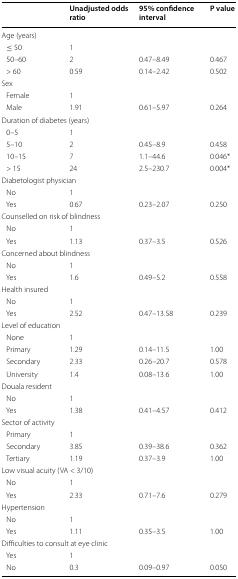
<table><thead><tr><td></td><td><b>Unadjusted odds ratio</b></td><td><b>95% confidence interval</b></td><td><b>P value</b></td></tr></thead><tbody><tr><td colspan="4">Age (years)</td></tr><tr><td> ≤ 50</td><td>1</td><td></td><td></td></tr><tr><td> 50–60</td><td>2</td><td>0.47–8.49</td><td>0.467</td></tr><tr><td> &gt; 60</td><td>0.59</td><td>0.14–2.42</td><td>0.502</td></tr><tr><td colspan="4">Sex</td></tr><tr><td> Female</td><td>1</td><td></td><td></td></tr><tr><td> Male</td><td>1.91</td><td>0.61–5.97</td><td>0.264</td></tr><tr><td colspan="4">Duration of diabetes (years)</td></tr><tr><td> 0–5</td><td>1</td><td></td><td></td></tr><tr><td> 5–10</td><td>2</td><td>0.45–8.9</td><td>0.458</td></tr><tr><td> 10–15</td><td>7</td><td>1.1–44.6</td><td>0.046*</td></tr><tr><td> &gt; 15</td><td>24</td><td>2.5–230.7</td><td>0.004*</td></tr><tr><td colspan="4">Diabetologist physician</td></tr><tr><td> No</td><td>1</td><td></td><td></td></tr><tr><td> Yes</td><td>0.67</td><td>0.23–2.07</td><td>0.250</td></tr><tr><td colspan="4">Counselled on risk of blindness</td></tr><tr><td> No</td><td>1</td><td></td><td></td></tr><tr><td> Yes</td><td>1.13</td><td>0.37–3.5</td><td>0.526</td></tr><tr><td colspan="4">Concerned about blindness</td></tr><tr><td> No</td><td>1</td><td></td><td></td></tr><tr><td> Yes</td><td>1.6</td><td>0.49–5.2</td><td>0.558</td></tr><tr><td colspan="4">Health insured</td></tr><tr><td> No</td><td>1</td><td></td><td></td></tr><tr><td> Yes</td><td>2.52</td><td>0.47–13.58</td><td>0.239</td></tr><tr><td colspan="4">Level of education</td></tr><tr><td> None</td><td>1</td><td></td><td></td></tr><tr><td> Primary</td><td>1.29</td><td>0.14–11.5</td><td>1.00</td></tr><tr><td> Secondary</td><td>2.33</td><td>0.26–20.7</td><td>0.578</td></tr><tr><td> University</td><td>1.4</td><td>0.08–13.6</td><td>1.00</td></tr><tr><td colspan="4">Douala resident</td></tr><tr><td> No</td><td>1</td><td></td><td></td></tr><tr><td> Yes</td><td>1.38</td><td>0.41–4.57</td><td>0.412</td></tr><tr><td colspan="4">Sector of activity</td></tr><tr><td> Primary</td><td>1</td><td></td><td></td></tr><tr><td> Secondary</td><td>3.85</td><td>0.39–38.6</td><td>0.362</td></tr><tr><td> Tertiary</td><td>1.19</td><td>0.37–3.9</td><td>1.00</td></tr><tr><td colspan="4">Low visual acuity (VA &lt; 3/10)</td></tr><tr><td> No</td><td>1</td><td></td><td></td></tr><tr><td> Yes</td><td>2.33</td><td>0.71–7.6</td><td>0.279</td></tr><tr><td colspan="4">Hypertension</td></tr><tr><td> No</td><td>1</td><td></td><td></td></tr><tr><td> Yes</td><td>1.11</td><td>0.35–3.5</td><td>1.00</td></tr><tr><td colspan="4">Difficulties to consult at eye clinic</td></tr><tr><td> Yes</td><td>1</td><td></td><td></td></tr><tr><td> No</td><td>0.3</td><td>0.09–0.97</td><td>0.050</td></tr></tbody></table>